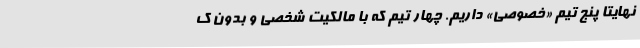
نهایتا پنج تیم «خصوصی» داریم. چهار تیم که با مالکیت شخصی و بدون ک